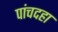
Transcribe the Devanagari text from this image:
पांचदहा